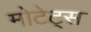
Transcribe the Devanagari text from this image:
मोटेट्स